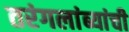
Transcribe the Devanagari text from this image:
तरंगलांब्यांची